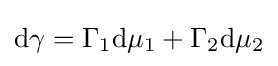
\mathrm {d} \gamma =\Gamma _{1}\mathrm {d} \mu _{1}+\Gamma _{2}\mathrm {d} \mu _{2}